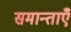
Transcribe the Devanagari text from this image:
समान्ताएँ